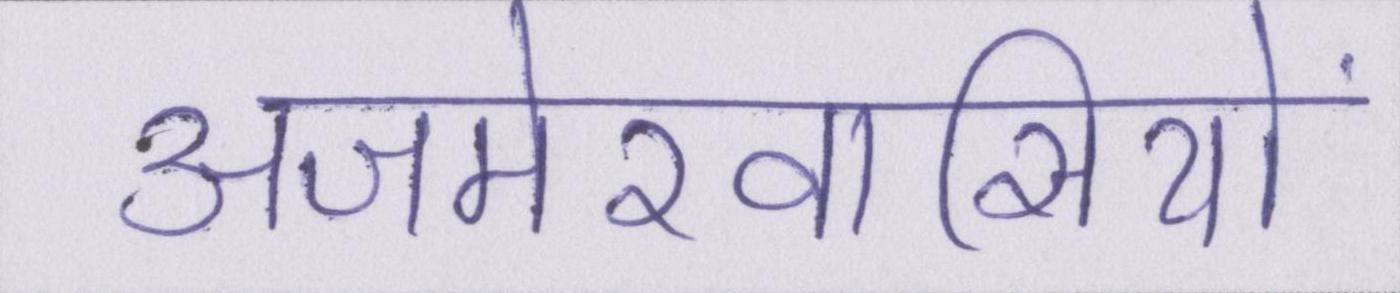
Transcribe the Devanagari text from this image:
अजमेरवासियों